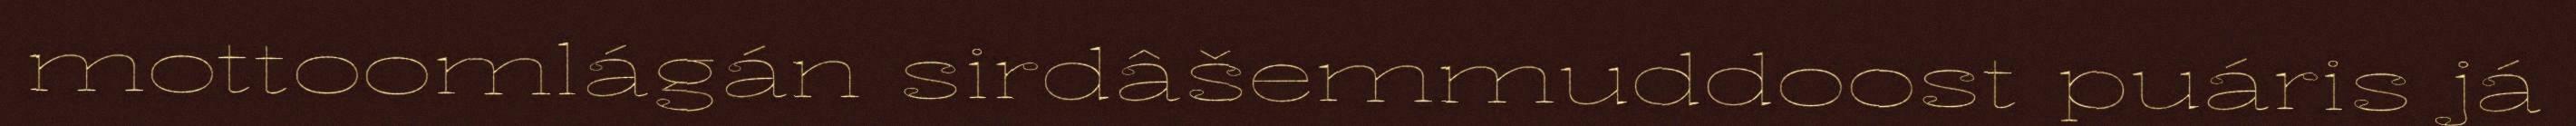
mottoomlágán sirdâšemmuddoost puáris já